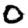
Digit: 0